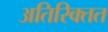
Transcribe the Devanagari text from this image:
अतिरिक्तत